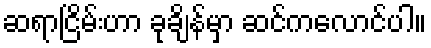
ဆရာငြိမ်းဟာ ခုချိန်မှာ ဆင်ကလောင်ပါ။